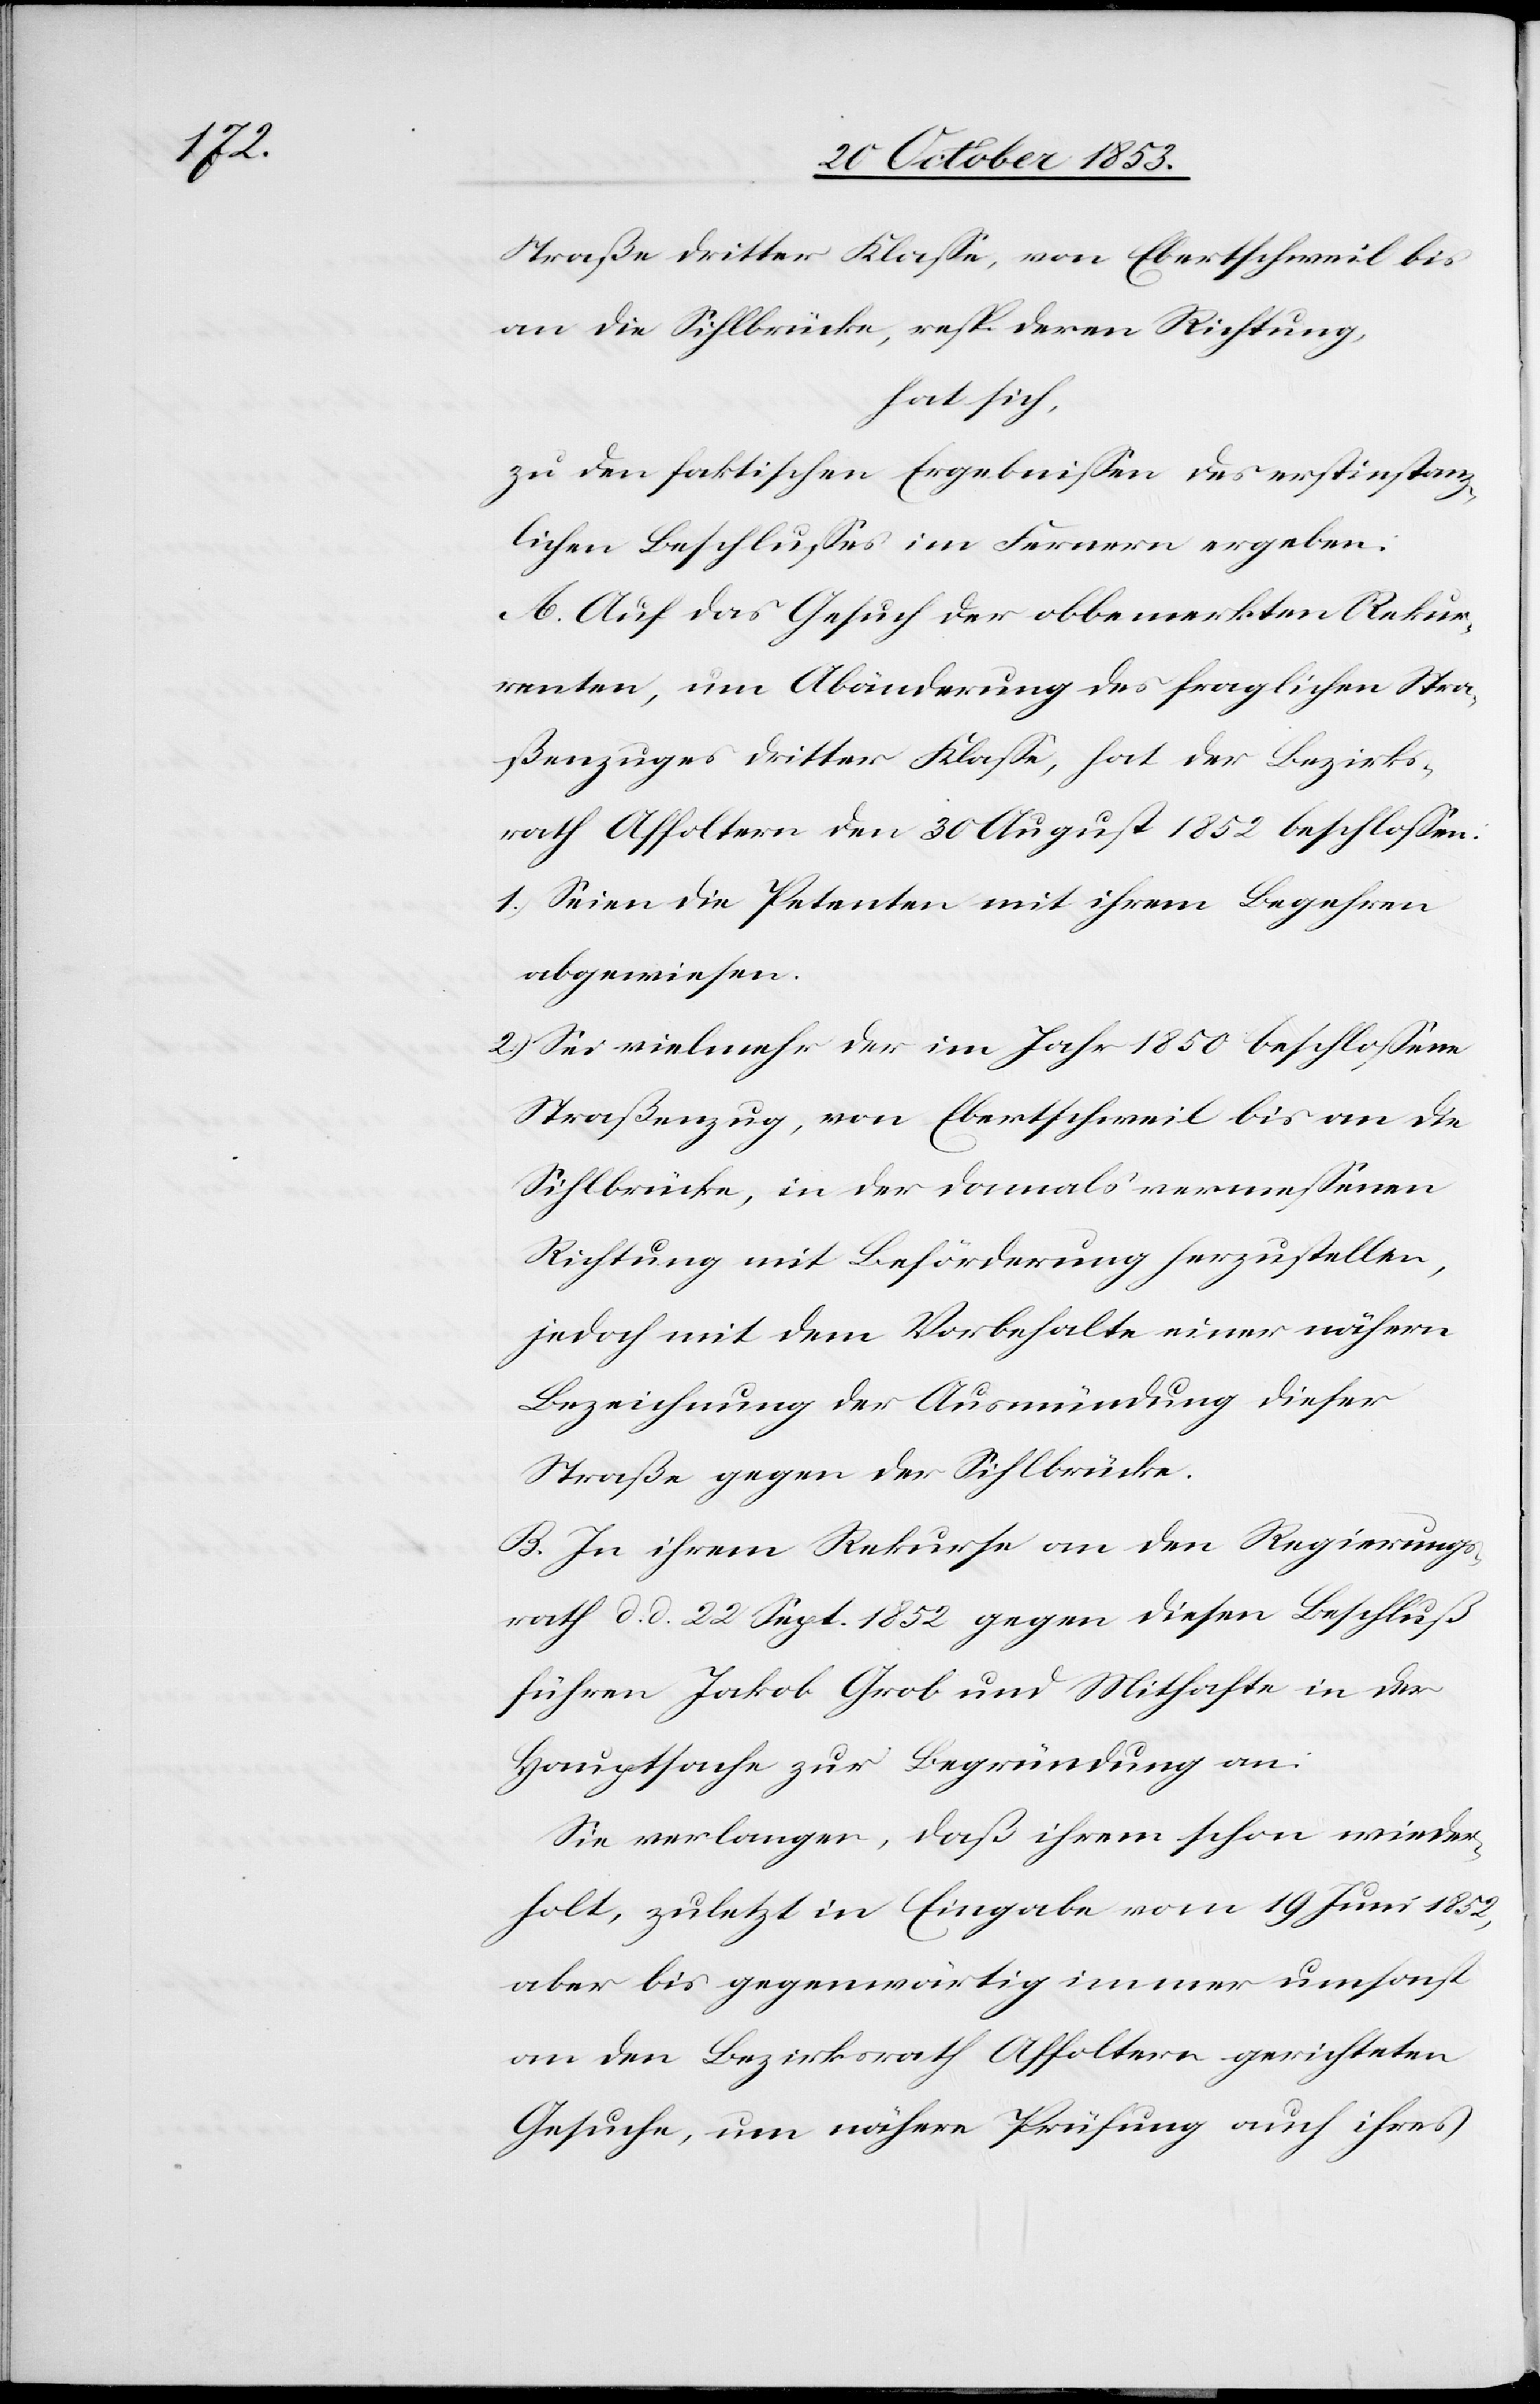
Straße dritter Klaße, von Ebertschweil bis
an die Sihlbrücke, resp. deren Richtung,
hat sich,
zu den faktischen Ergebnißen des erstinstanz¬
lichen Beschlußes im Fernern ergeben:
A. Auf das Gesuch der obbemerkten Rekur¬
renten, um Abänderung des fraglichen Stra¬
ßenzuges dritter Klaße, hat der Bezirks¬
rath Affoltern den 30 August 1852 beschloßen:
1.) Seien die Petenten mit ihrem Begehren
abgewiesen.
2.) Sei vielmehr der im Jahr 1850 beschloßene
Straßenzug, von Ebertschweil bis an die
Sihlbrücke, in der damals vermeßenen
Richtung mit Beförderung herzustellen,
jedoch mit dem Vorbehalte einer nähern
Bezeichnung der Ausmündung dieser
Straße gegen der Sihlbrücke.
B. In ihrem Rekurse an den Regierungs¬
rath d. d. 22 Sept. 1852 gegen diesen Beschluß
führen Jakob Grob und Mithafte in der
Hauptsache zur Begründung an:
Sie verlangen, daß ihrem schon wieder¬
holt, zuletzt in Eingabe vom 19 Juni 1852,
aber bis gegenwärtig immer umsonst
an den Bezirksrath Affoltern gerichteten
Gesuche, um nähere Prüfung auch ihres